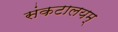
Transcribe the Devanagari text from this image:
संकटालयम्